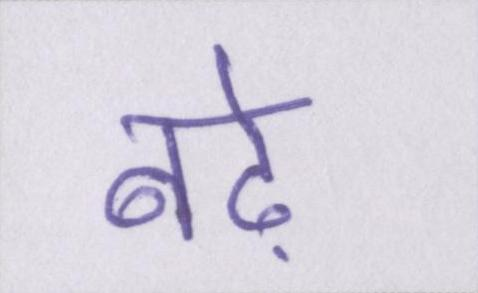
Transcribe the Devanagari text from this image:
बढ़े